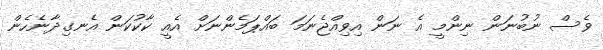
ވެސް ނުބުނަން ނިންމީ އެ ނަން އިވިއްޖެނަމަ ބައްޕަމެންނަށް އެއީ ކާކުކަން އެނގިދާނެހެން